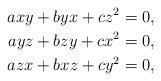
\begin{align*}axy+byx+cz^2=0,\\ayz+bzy+cx^2=0,\\azx+bxz+cy^2=0,\end{align*}